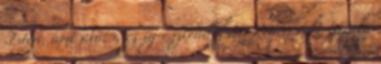
Isten, ami nincs, ez új esztendőben. Régen volt tavaly